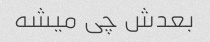
بعدش چی میشه